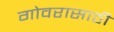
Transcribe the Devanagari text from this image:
गोवरासाठी